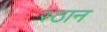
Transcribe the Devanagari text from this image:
स्ठान